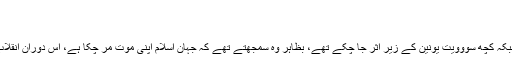
جمعه, اپریل 21, 2017 03:02
تکفیر پرمبنی بیانیہ، قرآن و سنت کےخلاف ہے
مسلمان ممالک شیطان بزرگ امریکہ کے زیر اثر، جبکہ کچھ سووویت یونین کے زیر اثر جا چکے تھے، بظاہر وہ سمجھتے تھے کہ جہان اسلام اپنی موت مر چکا ہے، اس دوران انقلاب اسلامی ایران کی صورت میں ایک عظیم انقلاب آیا۔